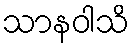
သာနဝါသိ